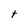
Character: t